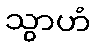
သွာဟံ